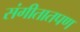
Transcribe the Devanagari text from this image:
संगीतातपण